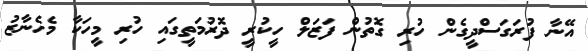
އޭނާ ފުރަގަސްދީގެން ހުރި ގޮތުން ފަޒަލް ހީކުރީ ދޮރުމަތީގައި ހުރި މީހަކާ މެހެނާޒު